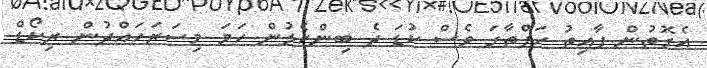
އެގޮތުން ފާއިތު ހަފްތާގަ ވެސް ކުޑަ ދެ ބިންހެލުން ހަމަ މިސަރަހައްދުން ރިކޯޑް